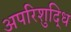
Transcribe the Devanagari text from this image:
अपरिशुद्धि